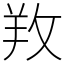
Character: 䍩